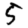
Digit: 5